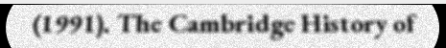
(1991). The Cambridge History of